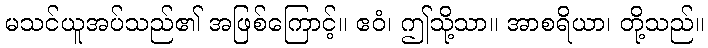
မသင်ယူအပ်သည်၏ အဖြစ်ကြောင့်။ ဧဝံ၊ ဤသို့သာ။ အာစရိယာ၊ တို့သည်။